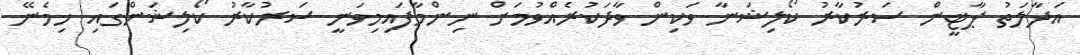
އަދާލަތު ޕާޓީން ސަރުކާރު ކޯލިޝަނާ ވަކިން ވާދަކުރެއްވުމަށް ނިންމާފައިމިވަނީ ސަރުކާރު ކޯލިޝަންގައި ހިމެނޭ